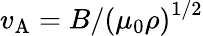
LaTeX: v_{\mathrm{A}}=B/\left(\mu_{0}\rho\right)^{1/2}